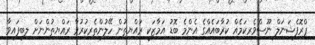
ޕްރޮފެޝަނަލް ނޫސްވެރިކަމެއް ކުރާބައެއްގެ އެންމެ ބޮޑު އަމާޒަކީ ރައްޔިތުން ހޭލުންތެރިކުރުވާ ރައްޔިތުންނަށް ލިބިފައިވާ